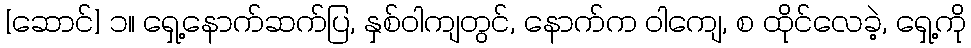
[ဆောင်] ၁။ ရှေ့နောက်ဆက်ပြ, နှစ်ဝါကျတွင်, နောက်က ဝါကျေ, စ ထိုင်လေခဲ့, ရှေ့ကို